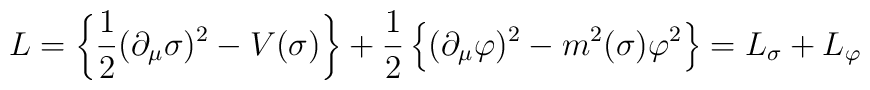
\;\;\;\; L = \left\{ \frac{1}{2} (\partial_\mu \sigma)^2 - V(\sigma)\right\} +\frac{1}{2} \left\{(\partial_\mu \varphi)^2 - m^2(\sigma)\varphi^2 \right\} = L_\sigma + L_\varphi